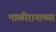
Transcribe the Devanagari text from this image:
माळीरायाच्या